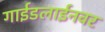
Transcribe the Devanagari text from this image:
गाईडलाईनवर